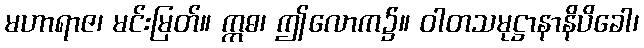
မဟာရာဇ၊ မင်းမြတ်။ ဣဓ၊ ဤလောက၌။ ဝါတသမုဋ္ဌာနာနိပိခေါ၊